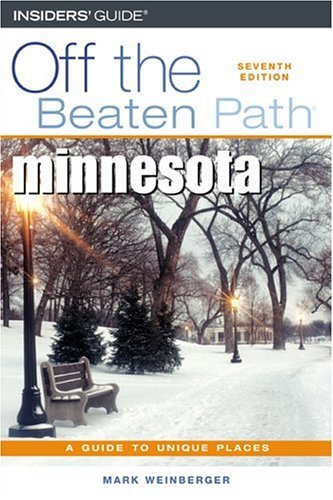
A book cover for Minnesota Off the Beaten Path, 7th (Off the Beaten Path Series); Mark Weinberger; Travel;